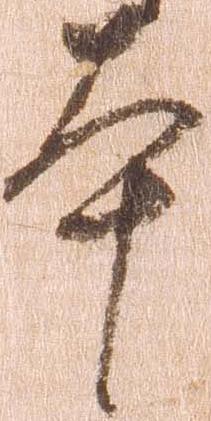
本